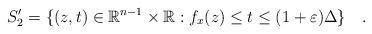
LaTeX: \begin{align*}S_2'=\{(z,t)\in\mathbb{R}^{n-1}\times \mathbb{R}: f_x(z)\leq t\leq (1+\varepsilon)\Delta\}\quad.\end{align*}